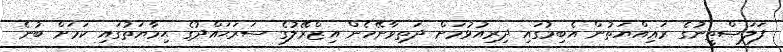
ފަލަޞްޠީނުގެ ރަޢިއްޔަތުން އެބިމުގައި ދިރިއުޅުމަށް ދަތިވާނޭހެން އިޒްރޭލުގެ ސަރަޙައްދުގެ ޙިމާޔަތުގައި ކަމަށް ބުނެ